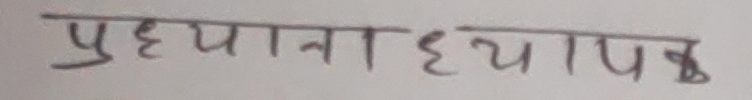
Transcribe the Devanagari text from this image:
पुहयाना ध्याप